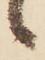
ゝ